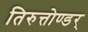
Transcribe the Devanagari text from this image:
तिरुत्तोण्डर्